画像に写った文字を読んでください
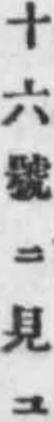
「十六號ニ見ユ」と書いてあります